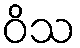
ဝိသ